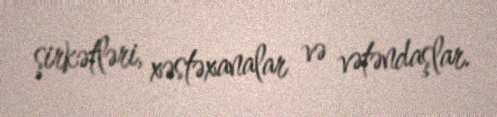
şirkətləri, xəstəxanalar və vətəndaşlar.